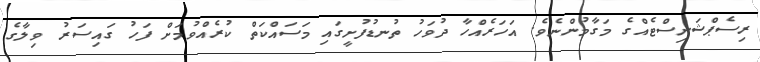
ރިސެޕްޝަނިސްޓެއްގެ މަގާމުންނެވެ. އަހަރެއްހާ ދުވަހު ތުނޑުފުށީގައި މަސައްކަތް ކުރެއްވުމަށް ފަހު ގައިސަރު ވިލާގެ